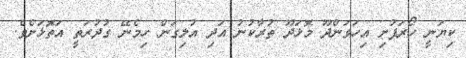
ކިޔަނީ ހޯރަފުށި އިހަވަންދޫ މޮޅަދޫ ތުރާކުނު އަދި އުލިގަން ހިމެނޭ ގުދުރަތީ އަތޮޅަށެވެ.